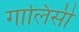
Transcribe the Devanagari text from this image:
गालिसी